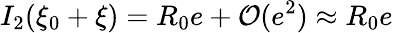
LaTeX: I_{2}(\xi_{0}+\xi)=R_{0}e+\mathcal{O}(e^{2})\approx R_{0}e